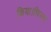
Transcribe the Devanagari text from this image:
किया।फिल्म